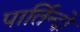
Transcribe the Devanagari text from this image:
पार्तिन्दो